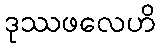
ဒုဿဖလေဟိ